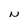
Character: N